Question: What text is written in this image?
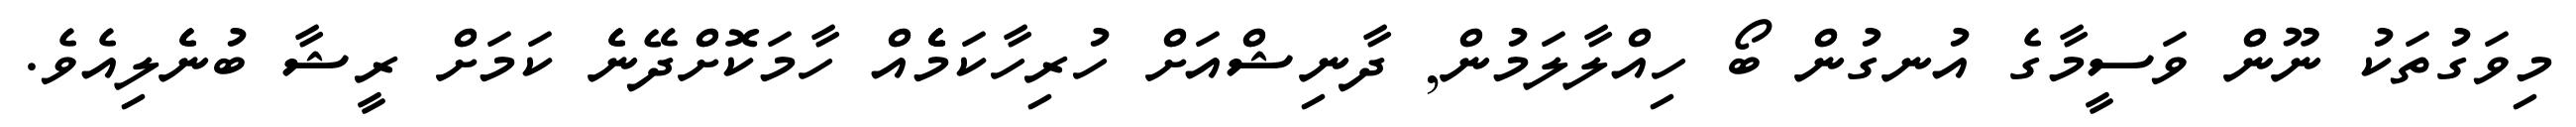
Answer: މިވަގުތަކު ނޫން ވަސީމާގެ އުނގުން ބޯ ހިއްލާލަމުން, ދާނިޝްއަށް ހުރިހާކަމެެެެއް ހާމަކޮށްދޭނެެ ކަމަށް ރީޝާ ބުނެެލިއެވެ.